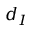
d _ { I }